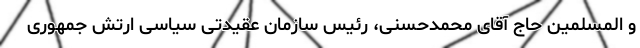
و المسلمین حاج آقای محمدحسنی، رئیس سازمان عقیدتی سیاسی ارتش جمهوری